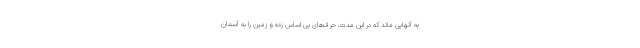
به آنهایی ماند که در این مدت، حرف‌های بی اساس زده و زمین را به آسمان